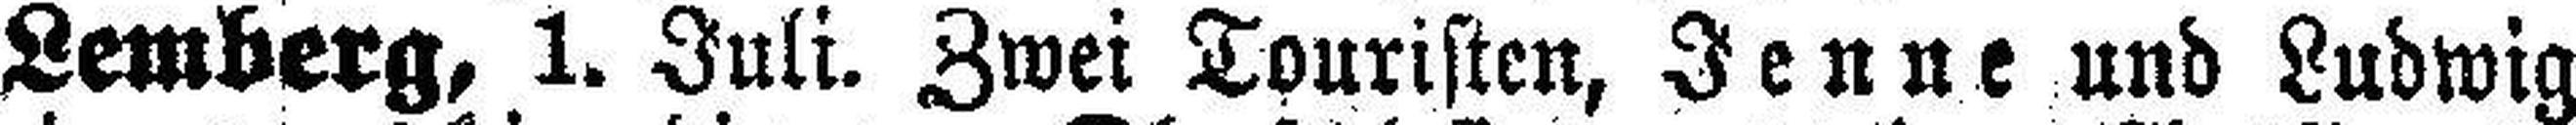
Lemberg, 1. Juli. Zwei Touristen, Jenne und Ludwig